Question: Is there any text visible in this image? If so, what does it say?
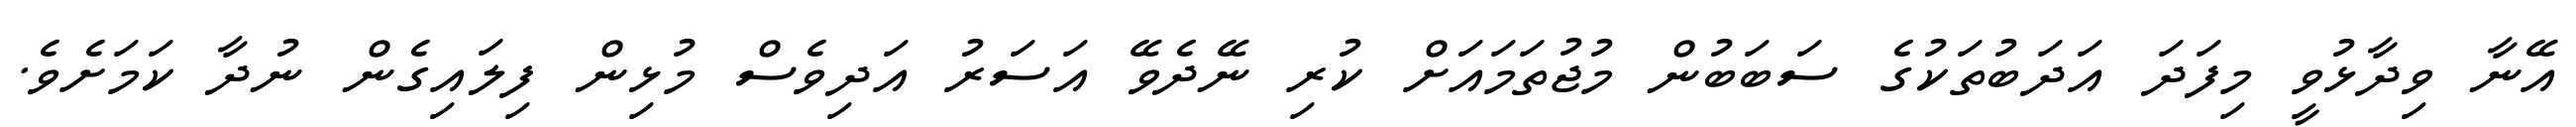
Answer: އޭނާ ވިދާޅުވީ މިފަދަ އަދަބުތަކުގެ ސަބަބުން މުޖުތަމައަށް ކުރި ނޭދެވޭ އަސަރު އަދިވެސް މުޅިން ފިލައިގެން ނުދާ ކަމަށެވެ.